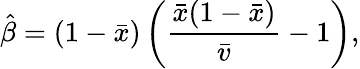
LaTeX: {\hat{\beta}}=(1-{\bar{x}})\left({\frac{{\bar{x}}(1-{\bar{x}})}{\bar{v}}}-1\right),